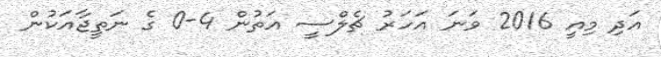
އަދި މިއީ 2016 ވަނަ އަހަރުު ޗެލްސީ އަތުން 4-0 ގެ ނަތީޖާއަކުން